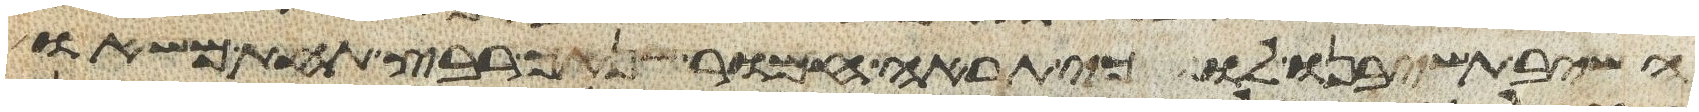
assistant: השב תשיבנו לו כי תראה חמור שנאך רבץ תחת משאו